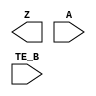
module sky130_fd_sc_hd__einvn (
    Z   ,
    A   ,
    TE_B
);

    output Z   ;
    input  A   ;
    input  TE_B;

    // Voltage supply signals
    supply1 VPWR;
    supply0 VGND;
    supply1 VPB ;
    supply0 VNB ;

endmodule